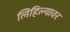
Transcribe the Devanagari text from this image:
लिहिल्यावर